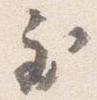
至